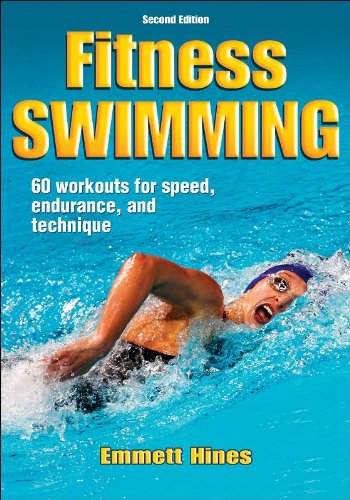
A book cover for Fitness Swimming, Second Edition; Emmett Hines; Health, Fitness & Dieting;